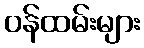
ဝန်ထမ်းများ